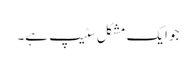
جو ایک مشکل سٹیپ ہے۔